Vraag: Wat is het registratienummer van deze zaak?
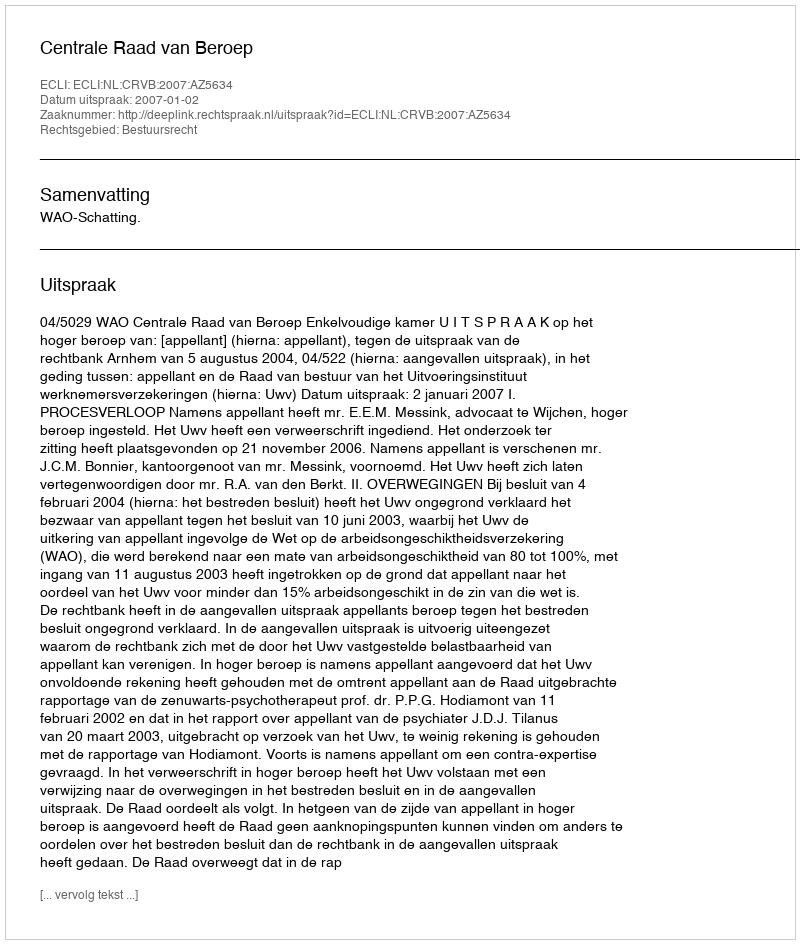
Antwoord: http://deeplink.rechtspraak.nl/uitspraak?id=ECLI:NL:CRVB:2007:AZ5634